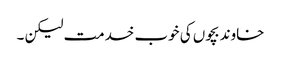
خاوند بچوں کی خوب خدمت لیکن ۔